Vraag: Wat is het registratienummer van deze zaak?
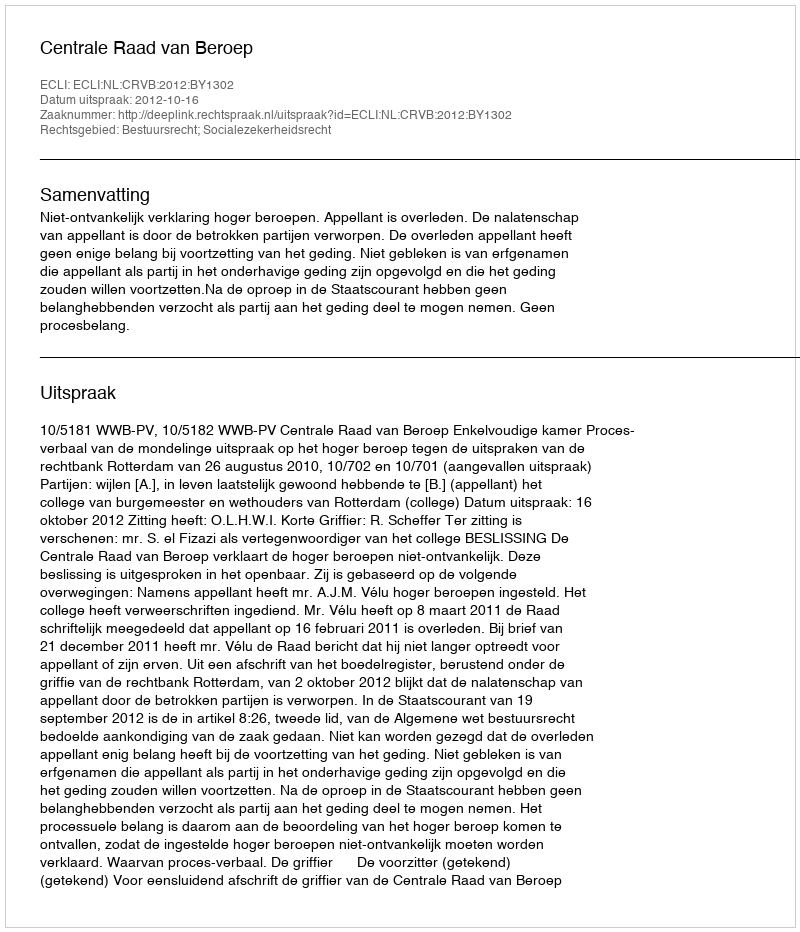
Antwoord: http://deeplink.rechtspraak.nl/uitspraak?id=ECLI:NL:CRVB:2012:BY1302